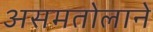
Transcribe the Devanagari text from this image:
असमतोलाने